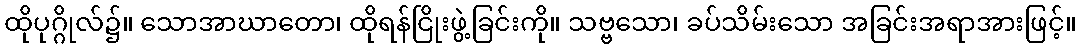
ထိုပုဂ္ဂိုလ်၌။ သောအာဃာတော၊ ထိုရန်ငြိုးဖွဲ့ခြင်းကို။ သဗ္ဗသော၊ ခပ်သိမ်းသော အခြင်းအရာအားဖြင့်။